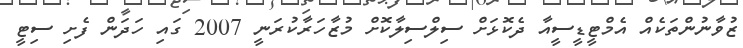
ޒުވާނުންތަކެއް އެމްޓީޑީސީއާ ދެކޮޅަށް ސިލްސިލާކޮށް މުޒާހަރާކުރަނީ 2007 ގައި ހަދަން ފެށި ސިޓީ